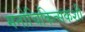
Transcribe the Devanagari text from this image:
मनोचिकित्सकशी